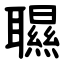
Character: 䏉